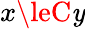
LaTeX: x\leC\mathit{y}